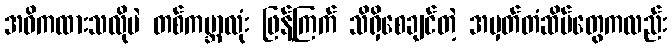
အဓိကထားသလိုပဲ တစ်ကမ္ဘာလုံး ဖြန့်ကြက် သိရှိစေချင်တဲ့ အမှတ်တံဆိပ်တွေကလည်း